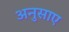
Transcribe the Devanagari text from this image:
अनुसाए